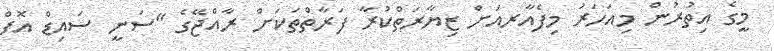
މީގެ އިތުރުން މިއަހަރު މިފެއާރއަށް ޒިޔާރަތްކުރާ ފަރާތްތަކަށް ރާއްޖޭގެ "ސަނީ ސައިޑް އޮފް